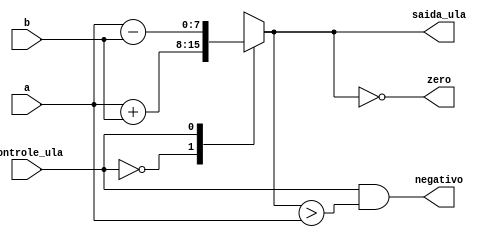
module ULA(controle_ula,a,b,saida_ula,zero,negativo);

	input controle_ula;   			//entrada de controle da ULA
	input [7:0] a,b; 			//valores de entrada para ser operados na ULA
	output [7:0] saida_ula;  		//resultado da operao feita na ULA
	reg [7:0] resultado;
	output zero; 
	output negativo;  			 
	assign zero=(resultado==0); 		//valor 1 se determinada operao ser igual a zero,valor 0 se resultado for igual a algo diferente de zero
	assign negativo=( (controle_ula == 1) && (resultado>a) );
	assign saida_ula=resultado;

	always @(controle_ula,a,b) begin
		case(controle_ula)
			0:resultado=a+b;
			1:resultado=a-b;
			default:resultado=8'b00000000;
		endcase
	end

endmodule